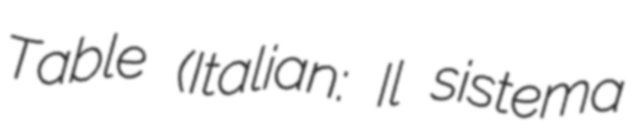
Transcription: Table (Italian: Il sistema